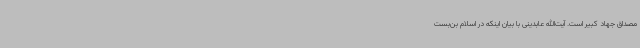
مصداق جهاد کبیر است. آیت‌الله عابدینی با بیان اینکه در اسلام بن‌بست